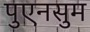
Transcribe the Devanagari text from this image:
पुएनसुम